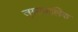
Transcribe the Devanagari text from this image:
जुस्सवालिया